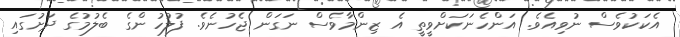
އެކަކުވެސް ނުވިއެވެ. އަންހެނަކަށްވީތީ އެ ޒިންމާވެސް ނަގަން ޖެހުނެވެ. ފުލުހުންގެ ބެލުމުގެ ދަށުގައި